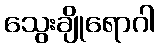
သွေးချိုရောဂါ